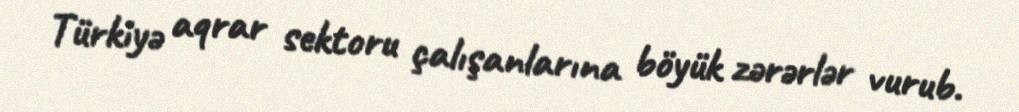
Türkiyə aqrar sektoru çalışanlarına böyük zərərlər vurub.